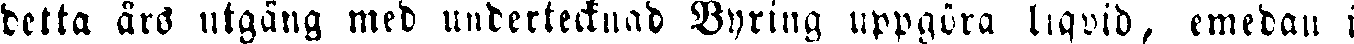
detta års utgång med undertecknad Byring uppgöra liqvid, emedan i